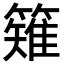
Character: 䉜